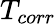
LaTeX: T_{corr}